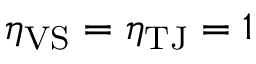
\eta _ { \mathrm { V S } } = \eta _ { \mathrm { T J } } = 1